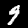
Digit: 9